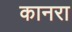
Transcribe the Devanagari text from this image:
कानरा